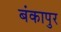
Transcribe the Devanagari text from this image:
बंकापुर